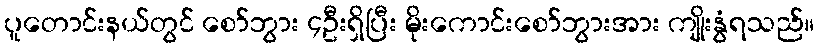
ပူတောင်းနယ်တွင် စော်ဘွား ၄ဦးရှိပြီး မိုးကောင်းစော်ဘွားအား ကျိုးနွံရသည်။